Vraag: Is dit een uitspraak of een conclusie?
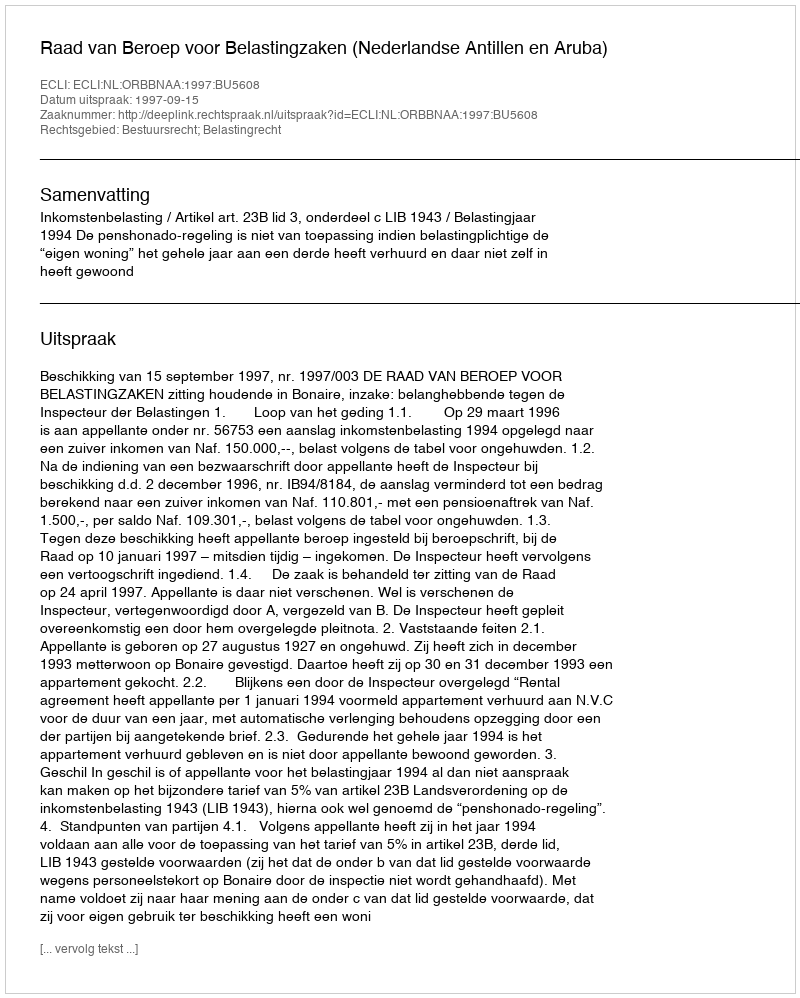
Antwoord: Uitspraak